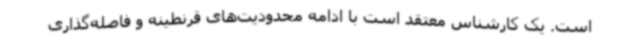
است. یک کارشناس معتقد است با ادامه محدودیت‌های قرنطینه و فاصله‌گذاری